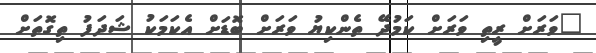
"ވަރަށް ރީތި ވަރަށް ކަމުދޭ ތެންކިޔު ވަރަށް ބޮޑަށް އެކަމަކު ޝަދަފު ތިގޮތަށް